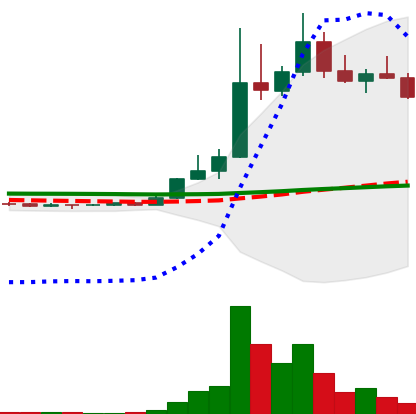
Ticker: DOGE-USD
Chart end date: 2022-11-06
Forward return: -25.933%
Label: down_7plus